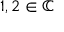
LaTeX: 1 , 2 \in \mathbb { C }